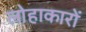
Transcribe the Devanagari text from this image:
लोहाकारों